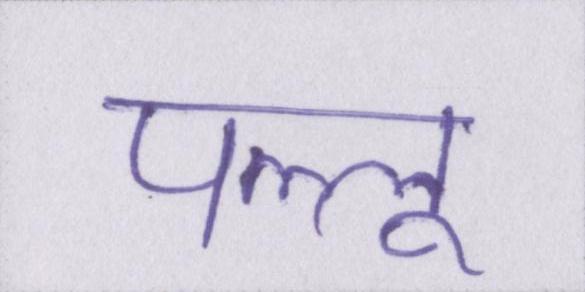
पल्लू